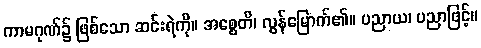
ကာမဂုဏ်၌ ဖြစ်သော ဆင်းရဲကို။ အစ္စေတိ၊ လွန်မြောက်၏။ ပညာယ၊ ပညာဖြင့်။